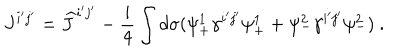
J ^ { i ^ { \prime } j ^ { \prime } } = \widehat { J } ^ { i ^ { \prime } j ^ { \prime } } - \frac { i } { 4 } \int d \sigma ( \psi _ { + } ^ { 1 } \gamma ^ { i ^ { \prime } j ^ { \prime } } \psi _ { + } ^ { 1 } + \psi _ { - } ^ { 2 } \gamma ^ { i ^ { \prime } j ^ { \prime } } \psi _ { - } ^ { 2 } ) ~ .